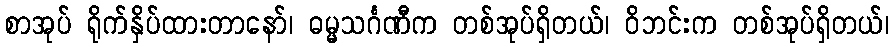
စာအုပ် ရိုက်နှိပ်ထားတာနော်၊ ဓမ္မသင်္ဂဏီက တစ်အုပ်ရှိတယ်၊ ဝိဘင်းက တစ်အုပ်ရှိတယ်၊